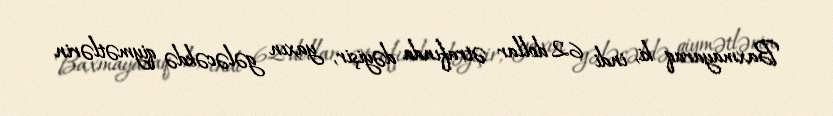
Baxmayaraq ki, indi 62 dollar ətrafında dəyişir, yaxın gələcəkdə qiymətlərin